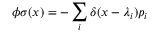
\phi \sigma ( x ) = - \sum _ { i } \delta ( x - \lambda _ { i } ) p _ { i }